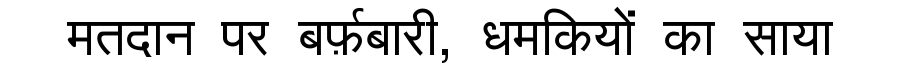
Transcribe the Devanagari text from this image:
मतदान पर बर्फ़बारी, धमकियों का साया